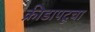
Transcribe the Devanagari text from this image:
क्रीडापटूचा